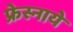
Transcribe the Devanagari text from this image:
फ्रेस्नाये